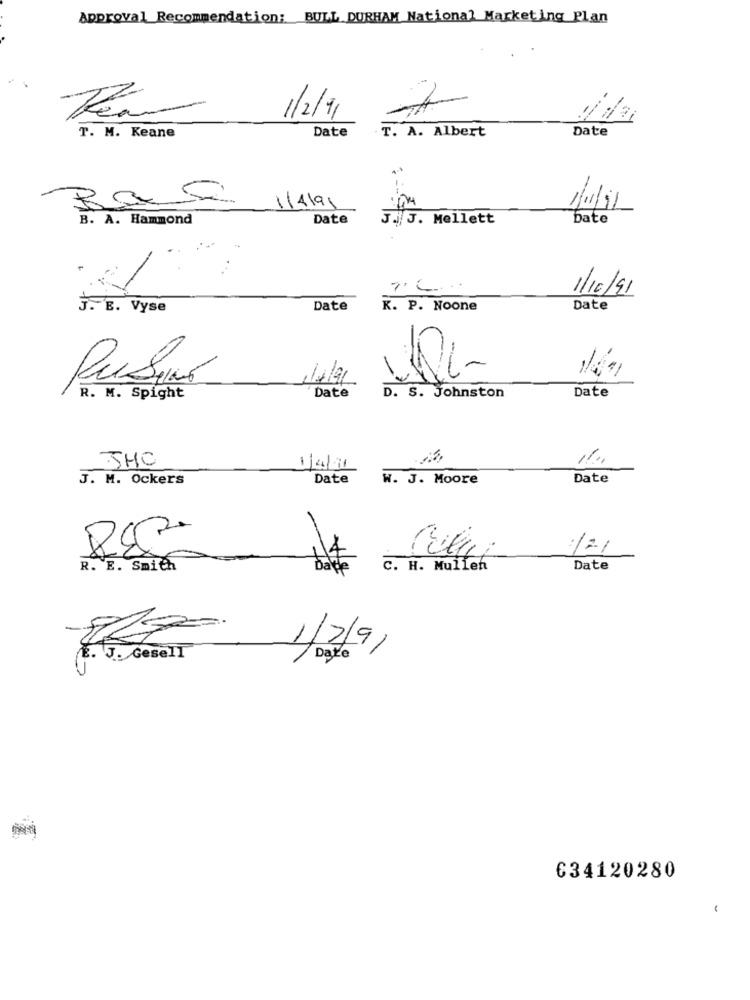
Approval Recommendation: BULL DURHAM National Marketing Plan
7
1/2/11
Date
T. M. Keane
Date
T. A. Albert
1/4/91
1/1/11
B. A. Hammond
Date
J. J. Mellett
Date
1/16/91
J. B. Vyse
Date
K. P. Noone
Date
Date
R. M. Spight
Date
D. S. Johnston
THC
1/4/11
J. M. Ockers
Date
W. J. Moore
Date
:121
R. E. Smith
Date
C. H. Mulleh
Date
1/2/9/
J. Gesell
Date
634120280